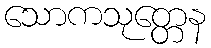
သောကသုတ္တေန